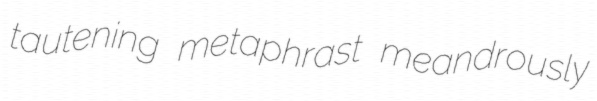
tautening metaphrast meandrously